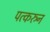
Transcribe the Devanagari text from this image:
पत्‍करुन